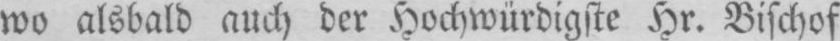
wo alsbald auch der Hochwürdigste Hr. Bischof